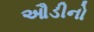
ઔડીનો